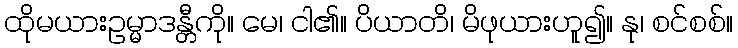
ထိုမယားဥမ္မာဒန္တီကို။ မေ၊ ငါ၏။ ပိယာတိ၊ မိဖုယားဟူ၍။ နု၊ စင်စစ်။